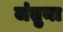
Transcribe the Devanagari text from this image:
जंतुना